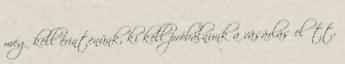
meg kell érintenünk, ki kell próbálnunk a vásárlás előtt,